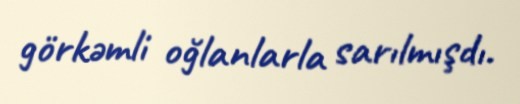
görkəmli oğlanlarla sarılmışdı.